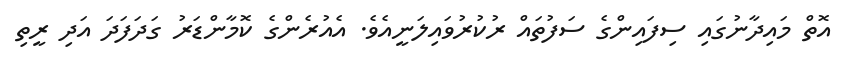
އޮތް މައިދާނުގައި ސިފައިންގެ ސަފުތައް ރުކުރުވައިލަނީއެވެ. އެއުރެންގެ ކޮމާންޑަރު ގަދަފަދަ އަދި ރީތި